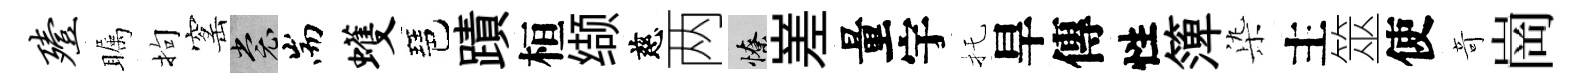
殪瞩拘窰裳耑蠖琶蹟桓缬慈两憭嵳量宇托旱傳性𥱼𣑱主筮使竒崗